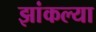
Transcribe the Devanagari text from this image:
झांकल्या